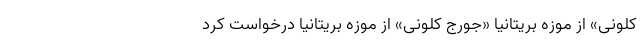
کلونی» از موزه بریتانیا «جورج کلونی» از موزه بریتانیا درخواست کرد